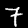
Digit: 7